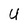
Character: U